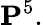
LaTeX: \mathbf{P}^{5}.